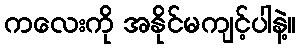
ကလေးကို အနိုင်မကျင့်ပါနဲ့။